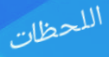
اللحظات